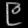
Digit: ၉